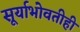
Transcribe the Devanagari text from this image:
सूर्याभोवतीही